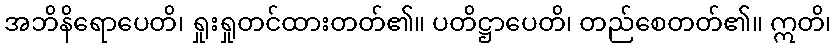
အဘိနိရောပေတိ၊ ရှုးရှုတင်ထားတတ်၏။ ပတိဋ္ဌာပေတိ၊ တည်စေတတ်၏။ ဣတိ၊